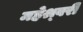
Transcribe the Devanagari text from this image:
महेश्र्वरी